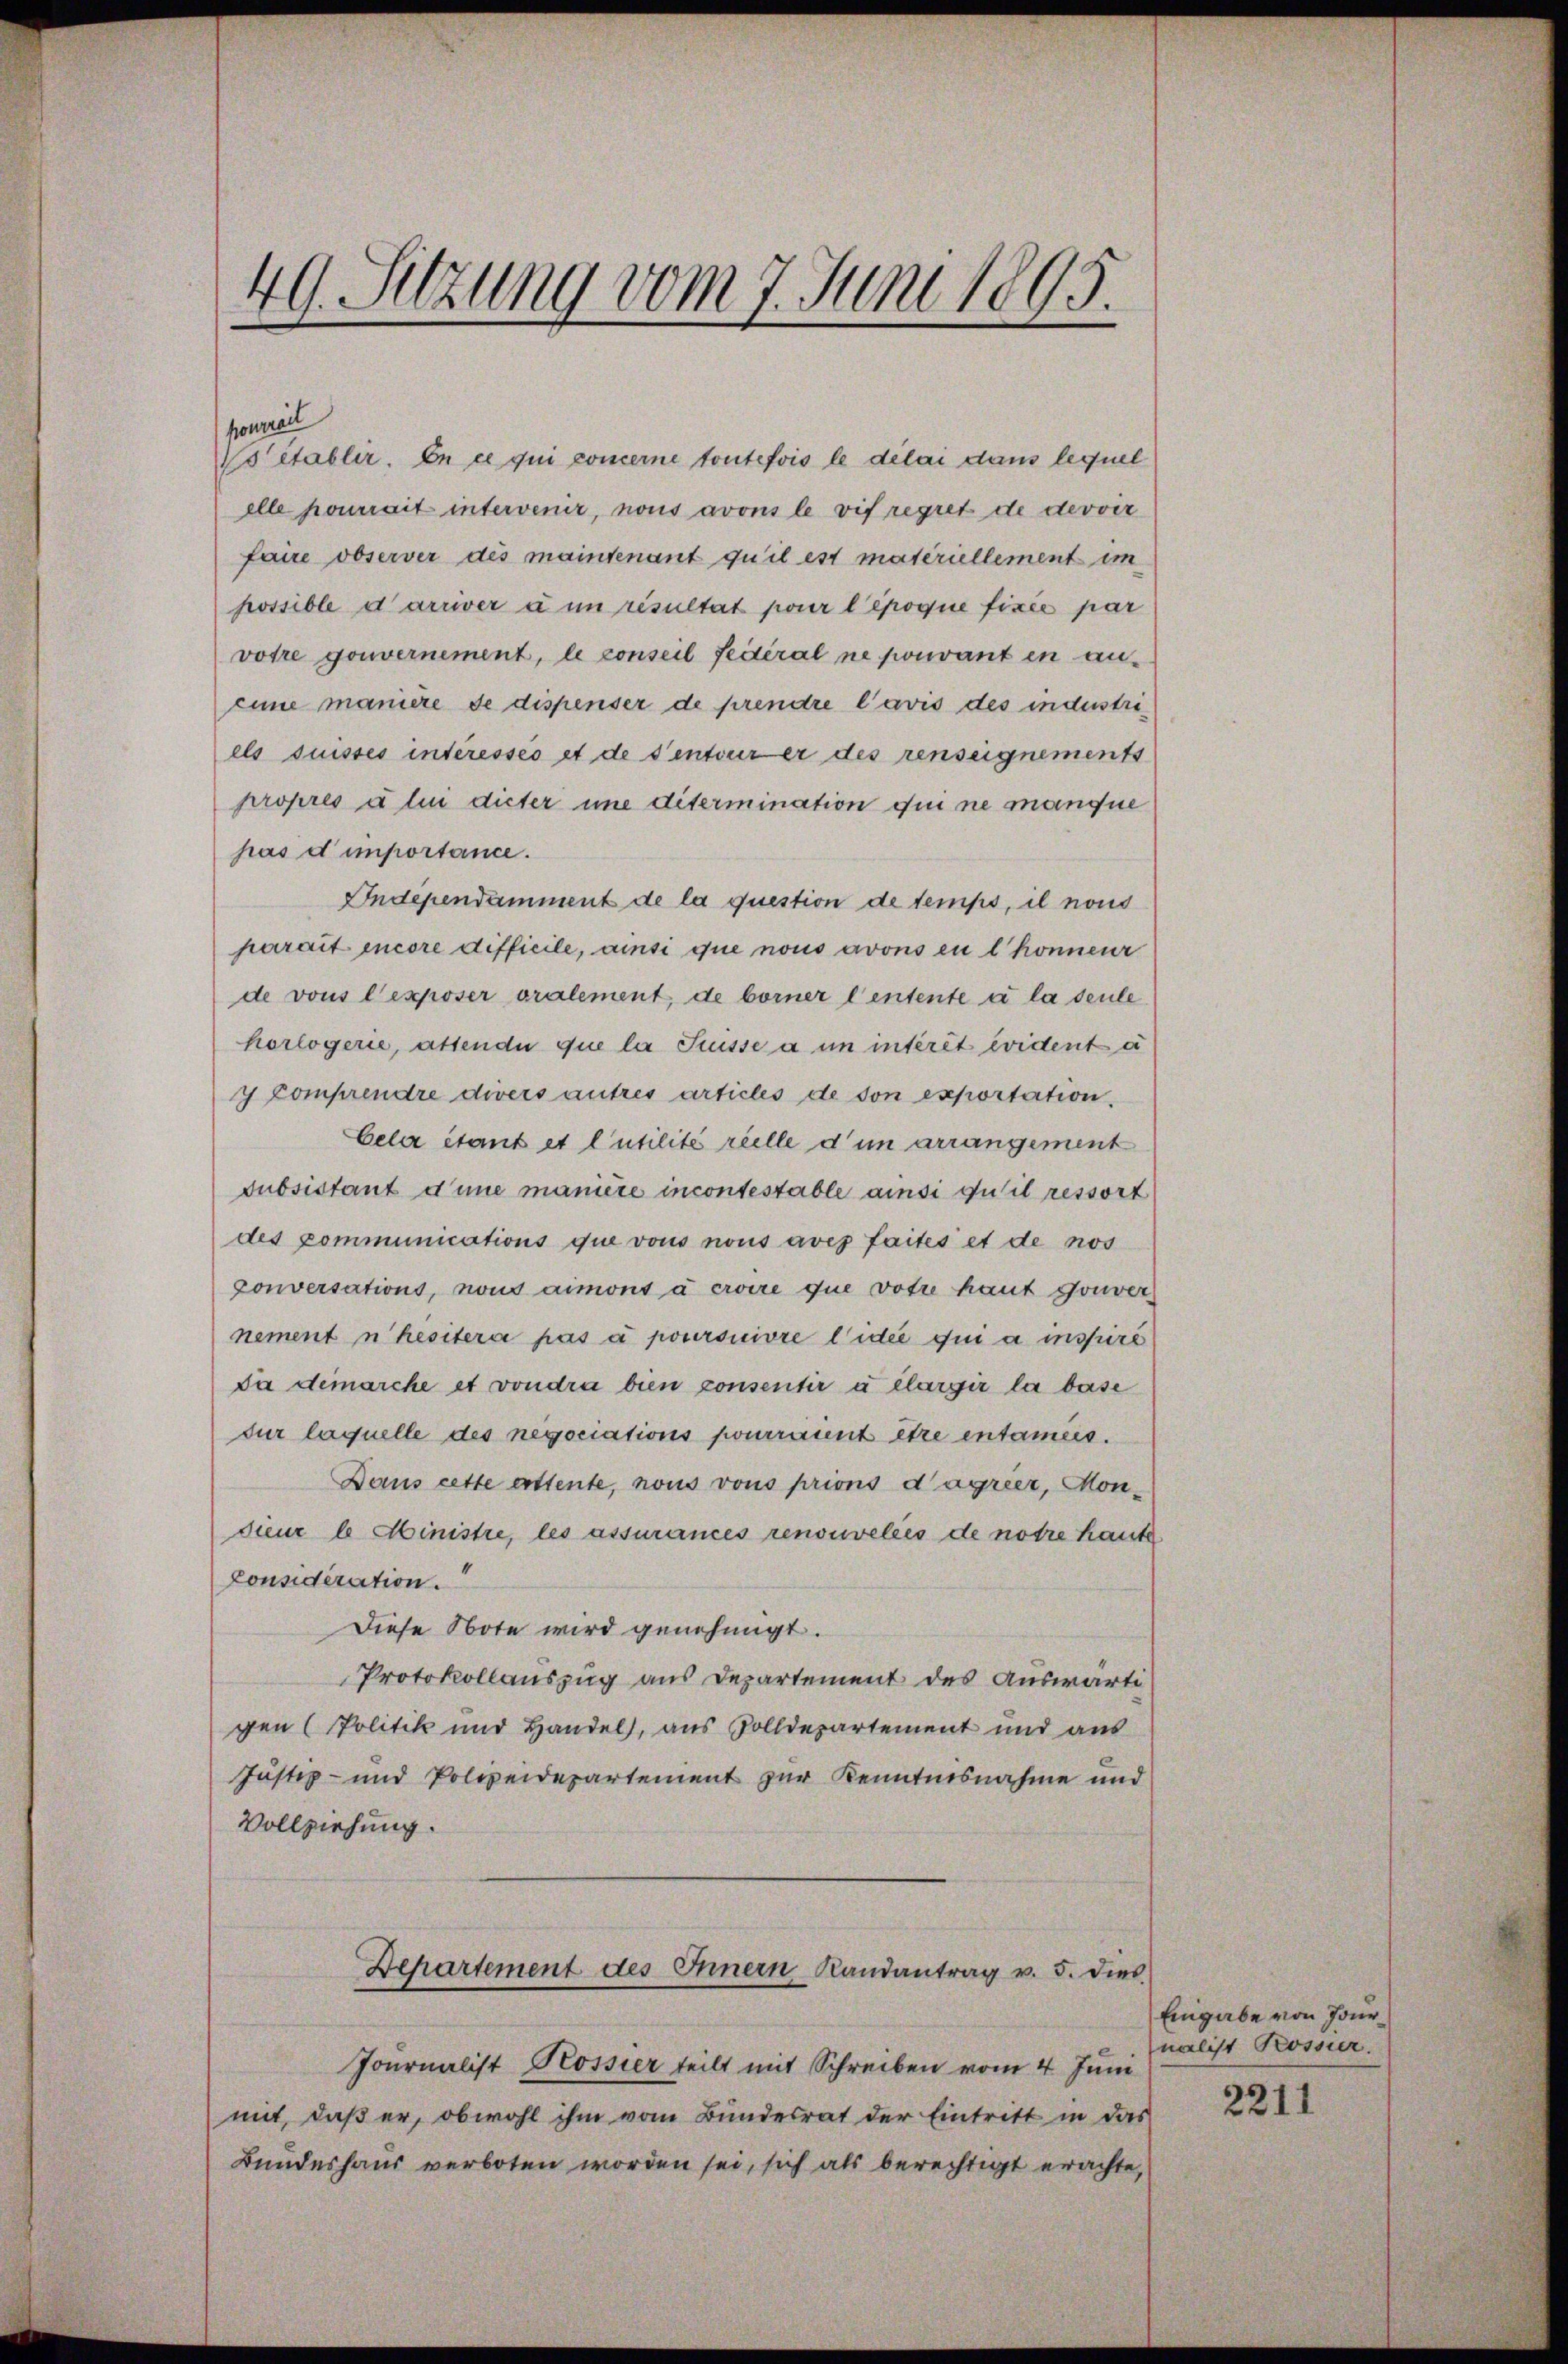
49. Sitzung vom 7. Juni 1895.

ponerel
Vetabler. En ce qui concerne toutefois le delai dans lequel
elle pourrait intervenir, nous avons le vif regret de derver
faire observer des maintenant qu’il est materiellement im
possible darriver à un risultat pour l’époque fixée par
votre gouvernement, le conseil fédéral ne pouvant en ancune maniere de dispenser de prendre l’avis des industriels suisses interesses et de senteur er des renseignements
propres u lui dicter une ditermination qui ne manque
pas d’importance.
Independamment de la question de temps, il nous
parait encore difficile, ainsi que nous avons en l könnenr
de vous l’exposer oralement, de borner l’entente à la seule
horlogerie, attende que la Suisse a in intérêt evident a
y Comprendre divers autres articles de son exportation
Cele étant et l’utilité reelle d’un arrangement
Subsistant d’une manière incontestable ainsi quil ressort
des Communications que vous nous aves faites et de nos
conversations, nous aimons à croire que votze haut gouver
nement nhesitera pas à poursuivre l’idée qui a inspire
Da demarche et vondra bien consentir à élargir la base
sur laquelle des negociations pourraient être entamens.
Dans cette attente, nous vons prions d’agrier, Monsieur 6 Ministre, les assurances renouvelées de notre haute
Considération.
Diese Note wird genehmigt.
Protokollauszug aus Departement des Auswärti
gen (Politik und Handel, aus Solldepartement und aus
Justiz- und Polizeidepartement zur Kenntnisnahme und
Vollziehung.
Departement des Innern Randantrag v. 5. dies
Pournalist Rossier teilt mit Schreiben vom 4. Juni
mit, daß er, obwohl ihm vom Bundesrat der Eintritt in das
Bundeshaus verboten worden sei, sich als berechtigt erachte,

Eingabe von Journalist Rossier.

2211